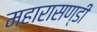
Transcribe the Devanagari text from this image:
महारासण्डी